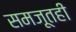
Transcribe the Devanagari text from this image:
समजूतही